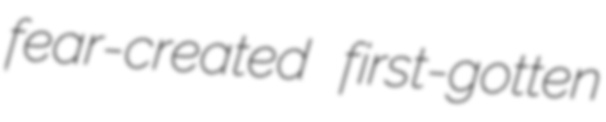
fear-created first-gotten